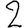
Digit: 2